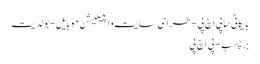
بایگانی‌ها پی اچ پی - طراحی سایت و اپلیکیشن موبایل - بولدیت
برچسب - پی اچ پی